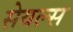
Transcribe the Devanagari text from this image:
सेयल्स